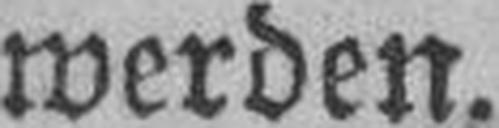
werden.